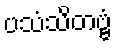
ပသံသိတဗ္ဗံ